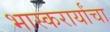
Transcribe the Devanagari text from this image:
भास्करार्यांचा